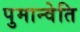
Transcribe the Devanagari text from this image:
पुमान्वेति